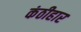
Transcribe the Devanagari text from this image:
कंठीहार